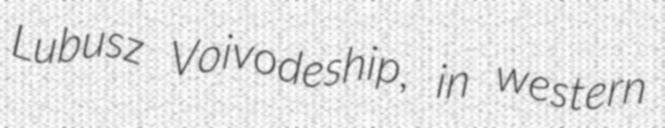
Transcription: Lubusz Voivodeship, in western